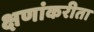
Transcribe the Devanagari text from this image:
क्षणांकरीता